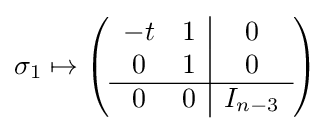
\sigma _{1}\mapsto \left({\begin{array}{cc|c}-t&1&0\\0&1&0\\\hline 0&0&I_{n-3}\end{array}}\right)